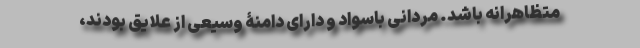
متظاهرانه باشد. مردانی باسواد و دارای دامنۀ وسیعی از علایق بودند،